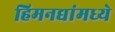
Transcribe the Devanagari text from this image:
हिमनद्यांमध्ये